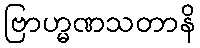
ဗြာဟ္မဏသတာနိ